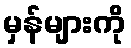
မှန်များကို